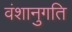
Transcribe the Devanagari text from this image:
वंशानुगति